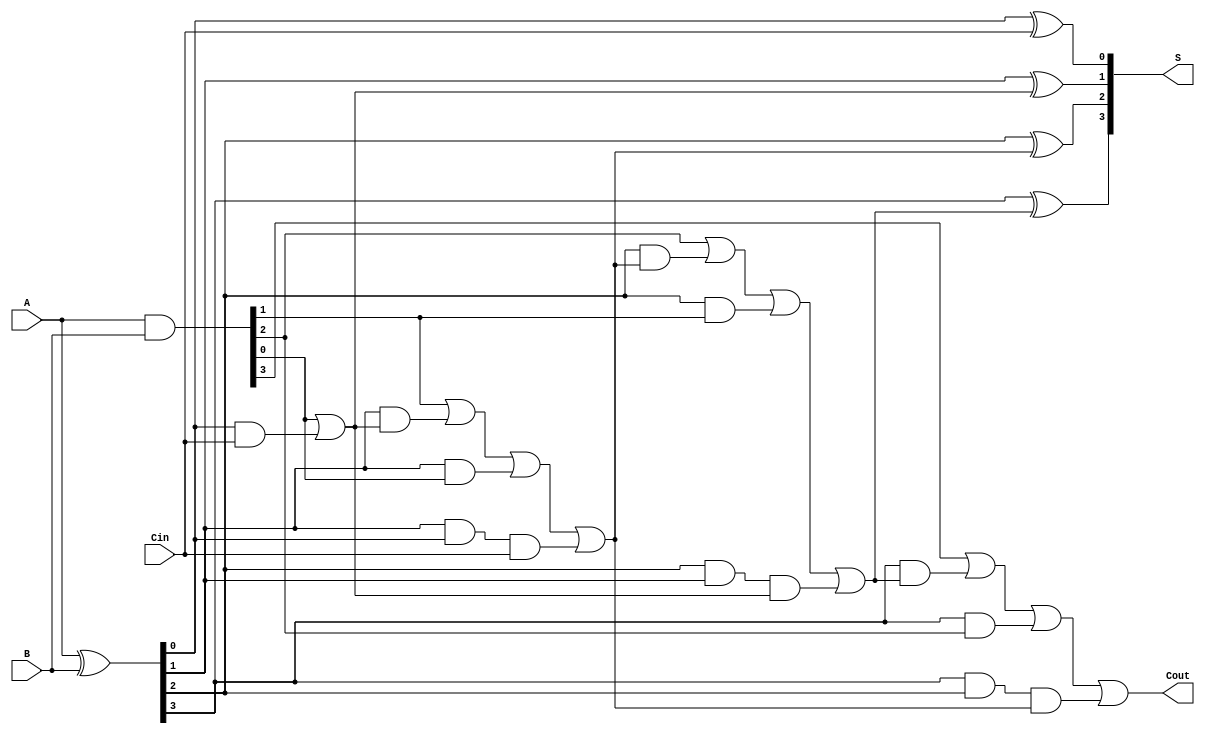
module conditional_sum_adder #(parameter N = 4) (
    input  [N-1:0] A,    // First n-bit input
    input  [N-1:0] B,    // Second n-bit input
    input          Cin,   // Carry-in
    output [N-1:0] S,     // n-bit sum output
    output         Cout    // Carry-out
);

    // Generate and Propagate signals
    wire [N-1:0] G; // Generate
    wire [N-1:0] P; // Propagate
    wire [N:0] C;   // Carry signals

    // Generate and Propagate logic
    assign G = A & B;          // Gi = Ai AND Bi
    assign P = A ^ B;          // Pi = Ai XOR Bi

    // Carry calculation
    assign C[0] = Cin;         // C0 = Cin
    genvar i;
    generate
        for (i = 0; i < N; i = i + 1) begin : carry_gen
            if (i == 0) begin
                assign C[i + 1] = G[i] | (P[i] & C[i]); // C1 = G0 OR (P0 AND Cin)
            end else begin
                assign C[i + 1] = G[i] | (P[i] & C[i]) | (P[i] & G[i - 1]) | (P[i] & P[i - 1] & C[i - 1]); // Carry calculation
            end
        end
    endgenerate

    // Sum calculation
    wire [N-1:0] S0; // S0 = P XOR Cin
    wire [N-1:0] S1; // S1 = P XOR C1
    wire [N-1:0] S2; // S2 = P XOR C2
    // ... Additional S signals can be defined for higher bits as needed

    assign S0 = P ^ Cin; // S0 = P0 XOR Cin
    assign S[0] = S0[0]; // First sum bit

    generate
        for (i = 1; i < N; i = i + 1) begin : sum_gen
            assign S[i] = P[i] ^ C[i]; // S[i] = P[i] XOR C[i]
        end
    endgenerate

    // Carry-out
    assign Cout = C[N]; // Cout = CN

endmodule